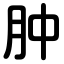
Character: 肿